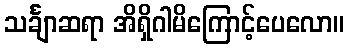
သင်္ချာဆရာ အိရှိဂါမိကြောင့်ပေလော။